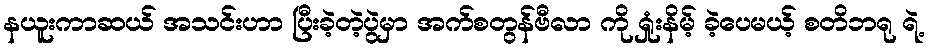
နယူးကာဆယ် အသင်းဟာ ပြီးခဲ့တဲ့ပွဲမှာ အက်စတွန်ဗီလာ ကို ရှုံးနိမ့် ခဲ့ပေမယ့် စတိဘရု ရဲ့